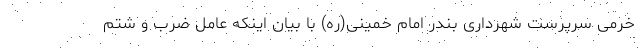
خرمی سرپرست شهرداری بندر امام خمینی(ره) با بیان اینکه عامل ضرب و شتم